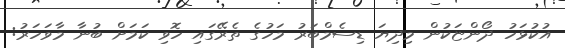
އުކުޅަހު ދޯންޏަކުން މިދިޔަ ޑިސެމްބަރު މަހުގެ ތެރޭގައި ހޮވި ކަމަށް ބުނާ މާވަހަރު: